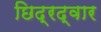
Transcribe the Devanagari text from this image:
छिद्रद्वार